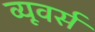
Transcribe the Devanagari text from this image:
व्यूवर्स